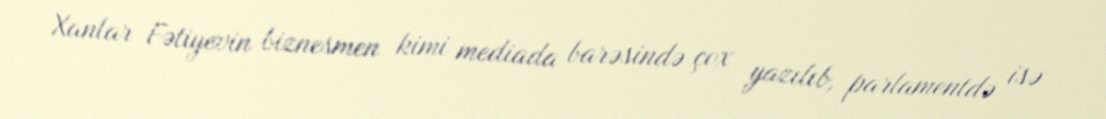
Xanlar Fətiyevin biznesmen kimi mediada barəsində çox yazılıb, parlamentdə isə